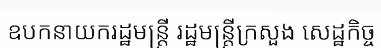
ឧបកនាយករដ្ឋមន្ត្រី រដ្ឋមន្ត្រីក្រសួង សេដ្ឋកិច្ច